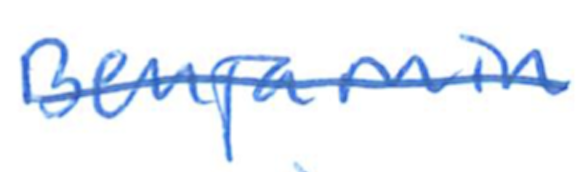
Text: Benjamin
Cross-out: single-line
Writing tool: ballpoint